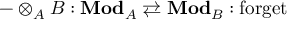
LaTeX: - \otimes _ { A } B : \mathbf { M o d } _ { A } \rightleftarrows \mathbf { M o d } _ { B } : \operatorname { f o r g e t }